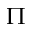
\Pi